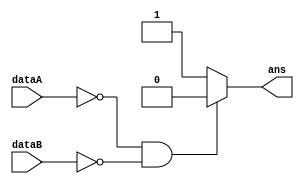
`timescale 1ns/1ns
module Or_1bit( dataA, dataB, ans ); 

input dataA;
input dataB;
output ans;

assign ans = ( dataA == 0 && dataB == 0 ) ? 0 : 1;

endmodule